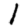
Digit: 1